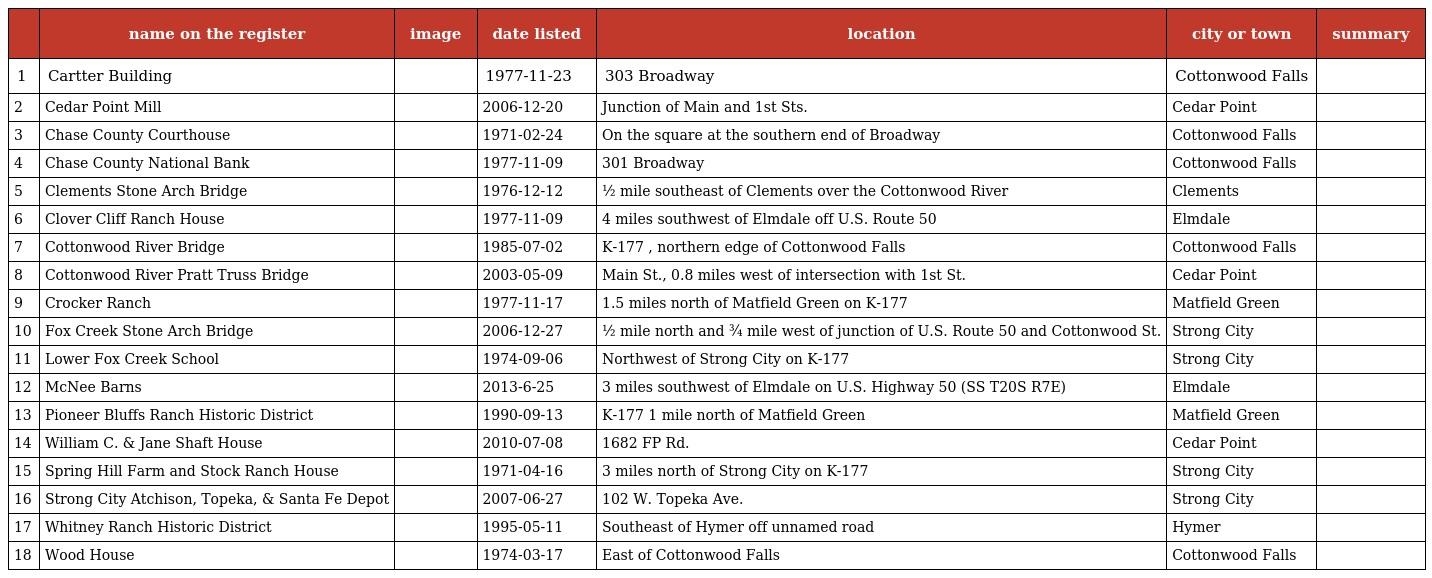
|  | name on the register | image | date listed | location | city or town | summary |
 | --- | --- | --- | --- | --- | --- | --- |
 | 1 | Cartter Building |  | 1977-11-23 | 303 Broadway | Cottonwood Falls |  |
 | 2 | Cedar Point Mill |  | 2006-12-20 | Junction of Main and 1st Sts. | Cedar Point |  |
 | 3 | Chase County Courthouse |  | 1971-02-24 | On the square at the southern end of Broadway | Cottonwood Falls |  |
 | 4 | Chase County National Bank |  | 1977-11-09 | 301 Broadway | Cottonwood Falls |  |
 | 5 | Clements Stone Arch Bridge |  | 1976-12-12 | ½ mile southeast of Clements over the Cottonwood River | Clements |  |
 | 6 | Clover Cliff Ranch House |  | 1977-11-09 | 4 miles southwest of Elmdale off U.S. Route 50 | Elmdale |  |
 | 7 | Cottonwood River Bridge |  | 1985-07-02 | K-177 , northern edge of Cottonwood Falls | Cottonwood Falls |  |
 | 8 | Cottonwood River Pratt Truss Bridge |  | 2003-05-09 | Main St., 0.8 miles west of intersection with 1st St. | Cedar Point |  |
 | 9 | Crocker Ranch |  | 1977-11-17 | 1.5 miles north of Matfield Green on K-177 | Matfield Green |  |
 | 10 | Fox Creek Stone Arch Bridge |  | 2006-12-27 | ½ mile north and ¾ mile west of junction of U.S. Route 50 and Cottonwood St. | Strong City |  |
 | 11 | Lower Fox Creek School |  | 1974-09-06 | Northwest of Strong City on K-177 | Strong City |  |
 | 12 | McNee Barns |  | 2013-6-25 | 3 miles southwest of Elmdale on U.S. Highway 50 (SS T20S R7E) | Elmdale |  |
 | 13 | Pioneer Bluffs Ranch Historic District |  | 1990-09-13 | K-177 1 mile north of Matfield Green | Matfield Green |  |
 | 14 | William C. & Jane Shaft House |  | 2010-07-08 | 1682 FP Rd. | Cedar Point |  |
 | 15 | Spring Hill Farm and Stock Ranch House |  | 1971-04-16 | 3 miles north of Strong City on K-177 | Strong City |  |
 | 16 | Strong City Atchison, Topeka, & Santa Fe Depot |  | 2007-06-27 | 102 W. Topeka Ave. | Strong City |  |
 | 17 | Whitney Ranch Historic District |  | 1995-05-11 | Southeast of Hymer off unnamed road | Hymer |  |
 | 18 | Wood House |  | 1974-03-17 | East of Cottonwood Falls | Cottonwood Falls |  |